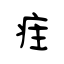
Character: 疰